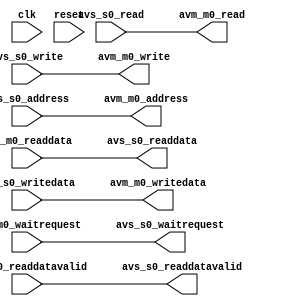
// simple_64bit_master_connection_without_burst.v

// This file was auto-generated as a prototype implementation of a module
// created in component editor.  It ties off all outputs to ground and
// ignores all inputs.  It needs to be edited to make it do something
// useful.
// 
// This file will not be automatically regenerated.  You should check it in
// to your version control system if you want to keep it.

`timescale 1 ps / 1 ps
module simple_64bit_master_connection_without_burst #(
		parameter AUTO_CLOCK_CLOCK_RATE = "-1"
	) (
		input  wire [31:0] avs_s0_address,     //    s0.address
		input  wire        avs_s0_read,        //      .read
		output wire [63:0] avs_s0_readdata,    //      .readdata
		input  wire        avs_s0_write,       //      .write
		input  wire [63:0] avs_s0_writedata,   //      .writedata
		output wire        avs_s0_waitrequest, //      .waitrequest
		output wire        avs_s0_readdatavalid,

		input  wire        clk,                // clock.clk
		input  wire        reset,              // reset.reset
		output wire [31:0] avm_m0_address,     //    m0.address
		output wire        avm_m0_read,        //      .read
		input  wire        avm_m0_waitrequest, //      .waitrequest
		input  wire [63:0] avm_m0_readdata,    //      .readdata
		output wire        avm_m0_write,       //      .write
		output wire [63:0] avm_m0_writedata,    //      .writedata
		input wire         avm_m0_readdatavalid
	);

 assign avm_m0_writedata          = avs_s0_writedata;	
 assign avm_m0_address            = avs_s0_address;	
 assign avm_m0_write              = avs_s0_write;	
 assign avm_m0_read               = avs_s0_read;	
 assign avs_s0_waitrequest        = avm_m0_waitrequest;
 assign avs_s0_readdata           = avm_m0_readdata;
 assign avs_s0_readdatavalid      = avm_m0_readdatavalid;
	

endmodule